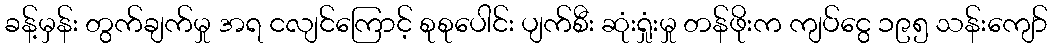
ခန့်မှန်း တွက်ချက်မှု အရ ငလျင်ကြောင့် စုစုပေါင်း ပျက်စီး ဆုံးရှုံးမှု တန်ဖိုးက ကျပ်ငွေ ၁၉၅ သန်းကျော်